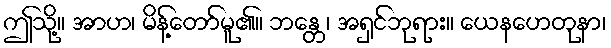
ဤသို့။ အာဟ၊ မိန့်တော်မူ၏။ ဘန္တေ၊ အရှင်ဘုရား။ ယေနဟေတုနာ၊